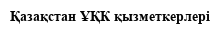
Қазақстан ҰҚК қызметкерлері